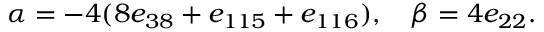
\alpha = - 4 ( 8 e _ { 3 8 } + e _ { 1 1 5 } + e _ { 1 1 6 } ) , \quad \beta = 4 e _ { 2 2 } .